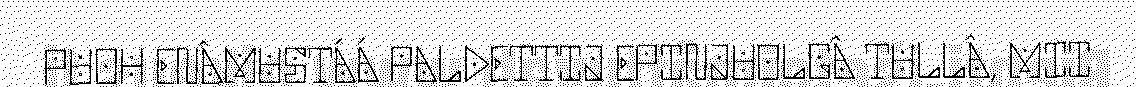
PUOH ENÂMUSTÁÁ PALDETTIJ EPINJUOLGÂ TULLÂ, MII